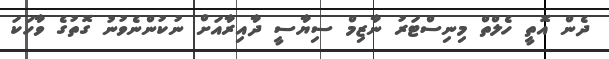
ދެން އޮތީ ހެލްތް މިނިސްޓަރު ނާޒިމް ސިޔާސީ ދާއިރާއަށް ނުކުންނެވުނު ގޮތުގެ ވާހަކަ